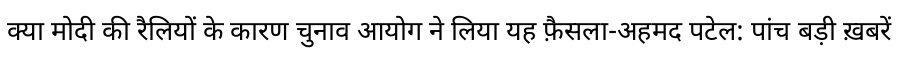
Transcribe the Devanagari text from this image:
क्या मोदी की रैलियों के कारण चुनाव आयोग ने लिया यह फ़ैसला-अहमद पटेल: पांच बड़ी ख़बरें